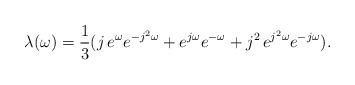
\begin{align*}\lambda (\omega )={\frac 13}(j\,e^\omega e^{-j^2\omega }+e^{j\omega}e^{-\omega }+j^2\,e^{j^2\omega }e^{-j\omega }).\end{align*}